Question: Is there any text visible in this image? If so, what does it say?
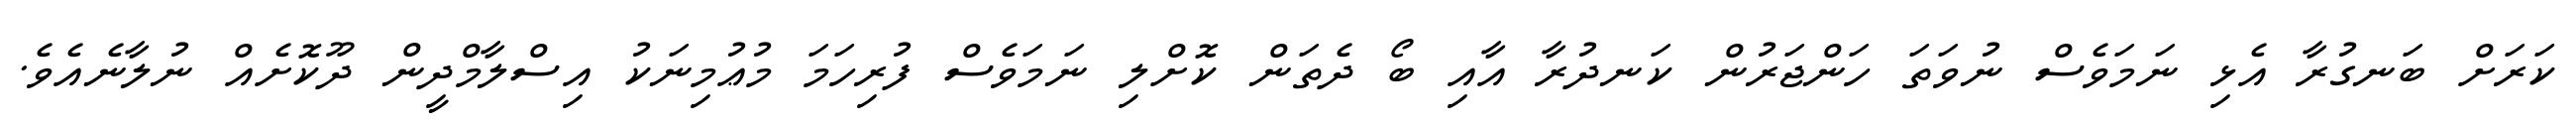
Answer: ކަރަށް ބަނގުރާ އެޅި ނަމަވެސް ނުވަތަ ހަންޖަރުން ކަނދުރާ އާއި ބޯ ދެތަން ކޮށްލި ނަމަވެސް ފުރިހަމަ މުޢުމިނަކު އިސްލާމްދީން ދޫކޮށެއް ނުލާނެއެވެ.